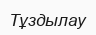
Тұздылау